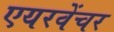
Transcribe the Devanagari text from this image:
एयरवेंचर